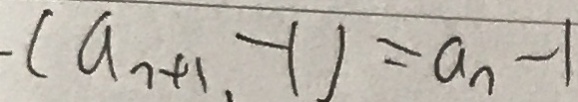
. ( a _ { 7 + 1 } , - 1 ) = a _ { n } - 1